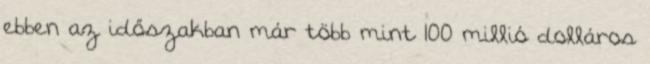
ebben az időszakban már több mint 100 millió dolláros